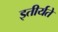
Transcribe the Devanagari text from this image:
इतीर्यते